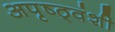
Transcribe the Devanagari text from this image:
अपृष्ठ्वंशी